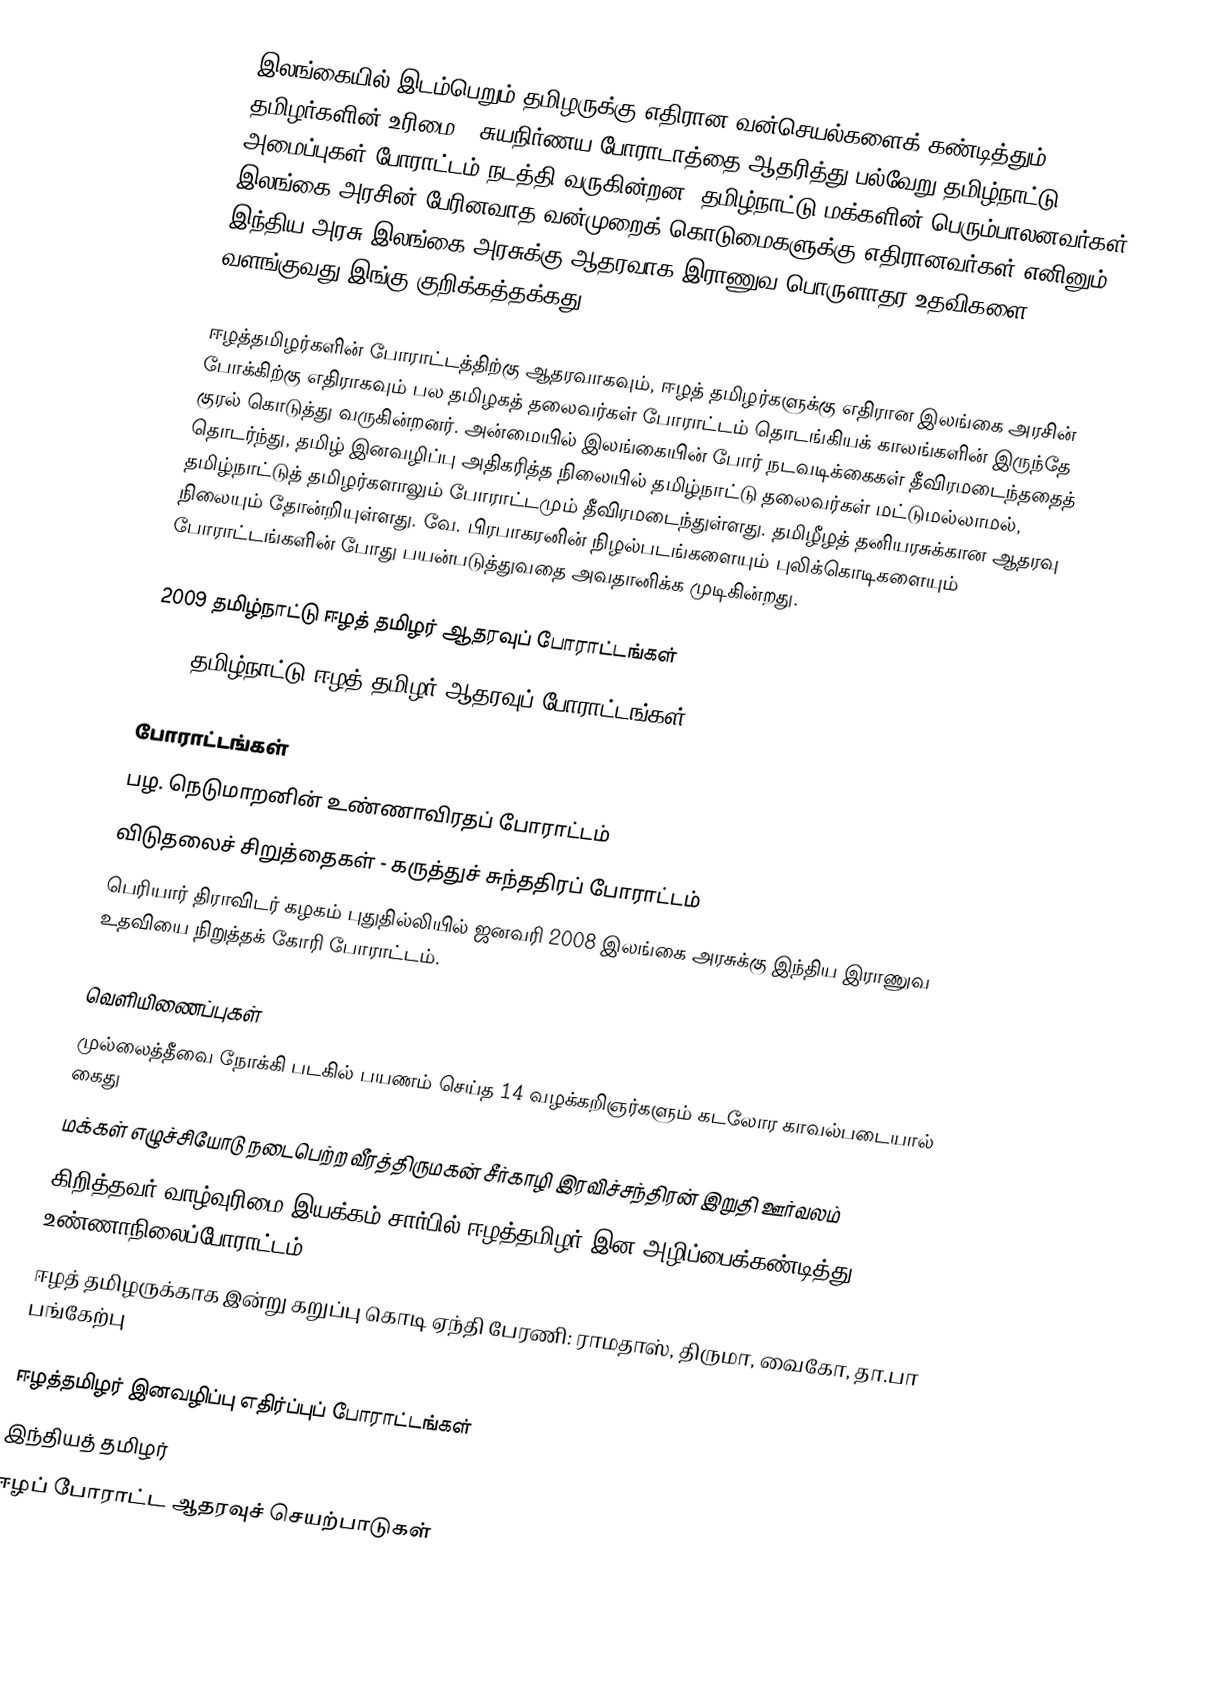
இலங்கையில் இடம்பெறும் தமிழருக்கு எதிரான வன்செயல்களைக் கண்டித்தும், தமிழர்களின் உரிமை - சுயநிர்ணய போராடாத்தை ஆதரித்து பல்வேறு தமிழ்நாட்டு அமைப்புகள் போராட்டம் நடத்தி வருகின்றன.  தமிழ்நாட்டு மக்களின் பெரும்பாலனவர்கள் இலங்கை அரசின் பேரினவாத வன்முறைக் கொடுமைகளுக்கு எதிரானவர்கள் எனினும் இந்திய அரசு இலங்கை அரசுக்கு ஆதரவாக இராணுவ பொருளாதர உதவிகளை வளங்குவது இங்கு குறிக்கத்தக்கது.

ஈழத்தமிழர்களின் போராட்டத்திற்கு ஆதரவாகவும், ஈழத் தமிழர்களுக்கு எதிரான இலங்கை அரசின் போக்கிற்கு எதிராகவும் பல தமிழகத் தலைவர்கள் போராட்டம் தொடங்கியக் காலங்களின் இருந்தே குரல் கொடுத்து வருகின்றனர். அன்மையில் இலங்கையின் போர் நடவடிக்கைகள் தீவிரமடைந்ததைத் தொடர்ந்து, தமிழ் இனவழிப்பு அதிகரித்த நிலையில் தமிழ்நாட்டு தலைவர்கள் மட்டுமல்லாமல், தமிழ்நாட்டுத் தமிழர்களாலும் போராட்டமும் தீவிரமடைந்துள்ளது. தமிழீழத் தனியரசுக்கான ஆதரவு நிலையும் தோன்றியுள்ளது. வே. பிரபாகரனின் நிழல்படங்களையும் புலிக்கொடிகளையும் போராட்டங்களின் போது பயன்படுத்துவதை அவதானிக்க முடிகின்றது.

 2009 தமிழ்நாட்டு ஈழத் தமிழர் ஆதரவுப் போராட்டங்கள்
 2008 தமிழ்நாட்டு ஈழத் தமிழர் ஆதரவுப் போராட்டங்கள்

போராட்டங்கள்
 பழ. நெடுமாறனின் உண்ணாவிரதப் போராட்டம்
 விடுதலைச் சிறுத்தைகள் - கருத்துச் சுந்ததிரப் போராட்டம்
 பெரியார் திராவிடர் கழகம் புதுதில்லியில் ஜனவரி 2008 இலங்கை அரசுக்கு இந்திய இராணுவ உதவியை நிறுத்தக் கோரி போராட்டம்.

வெளியிணைப்புகள்
 முல்லைத்தீவை நோக்கி படகில் பயணம் செய்த 14 வழக்கறிஞர்களும் கடலோர காவல்படையால் கைது
 மக்கள் எழுச்சியோடு நடைபெற்ற வீரத்திருமகன் சீர்காழி இரவிச்சந்திரன் இறுதி ஊர்வலம்
  கிறித்தவர் வாழ்வுரிமை இயக்கம் சார்பில் ஈழத்தமிழர் இன அழிப்பைக்கண்டித்து உண்ணாநிலைப்போராட்டம்.
 ஈழத் தமிழருக்காக இன்று கறுப்பு கொடி ஏந்தி பேரணி: ராமதாஸ், திருமா, வைகோ, தா.பா பங்கேற்பு

ஈழத்தமிழர் இனவழிப்பு எதிர்ப்புப் போராட்டங்கள்
இந்தியத் தமிழர்
ஈழப் போராட்ட ஆதரவுச் செயற்பாடுகள்